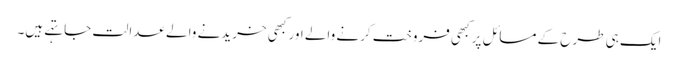
ایک ہی طرح کے مسائل پر کبھی فروخت کرنے والے اور کبھی خریدنے والے عدالت جا تہے ہیں۔